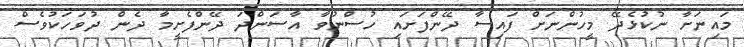
މައިނަށާ ނުކުޅެދޭ މީހުންނަށް ފައިސާ ދޭންފަށައި ހުސްނުވާ އާސަންދަ ދޭންފެށީމާ ދެން ދުވަހަކުވެސް